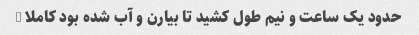
حدود یک ساعت و نیم طول کشید تا بیارن و آب شده بود کاملا …